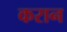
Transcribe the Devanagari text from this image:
करान